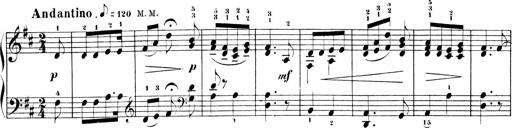
Title: Sonatinen Op.47, 98 und 136, nebst 6 Liedersonatinen
Composer: Carl Reinecke